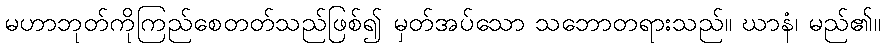
မဟာဘုတ်ကိုကြည်စေတတ်သည်ဖြစ်၍ မှတ်အပ်သော သဘောတရားသည်။ ဃာနံ၊ မည်၏။